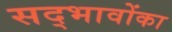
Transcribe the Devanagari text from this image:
सद्भावोंका